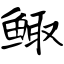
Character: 鲰